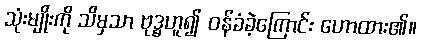
သုံးမျိုးကို သိမှသာ ဗုဒ္ဓဟူ၍ ဝန်ခံခဲ့ကြောင်း ဟောထား၏။